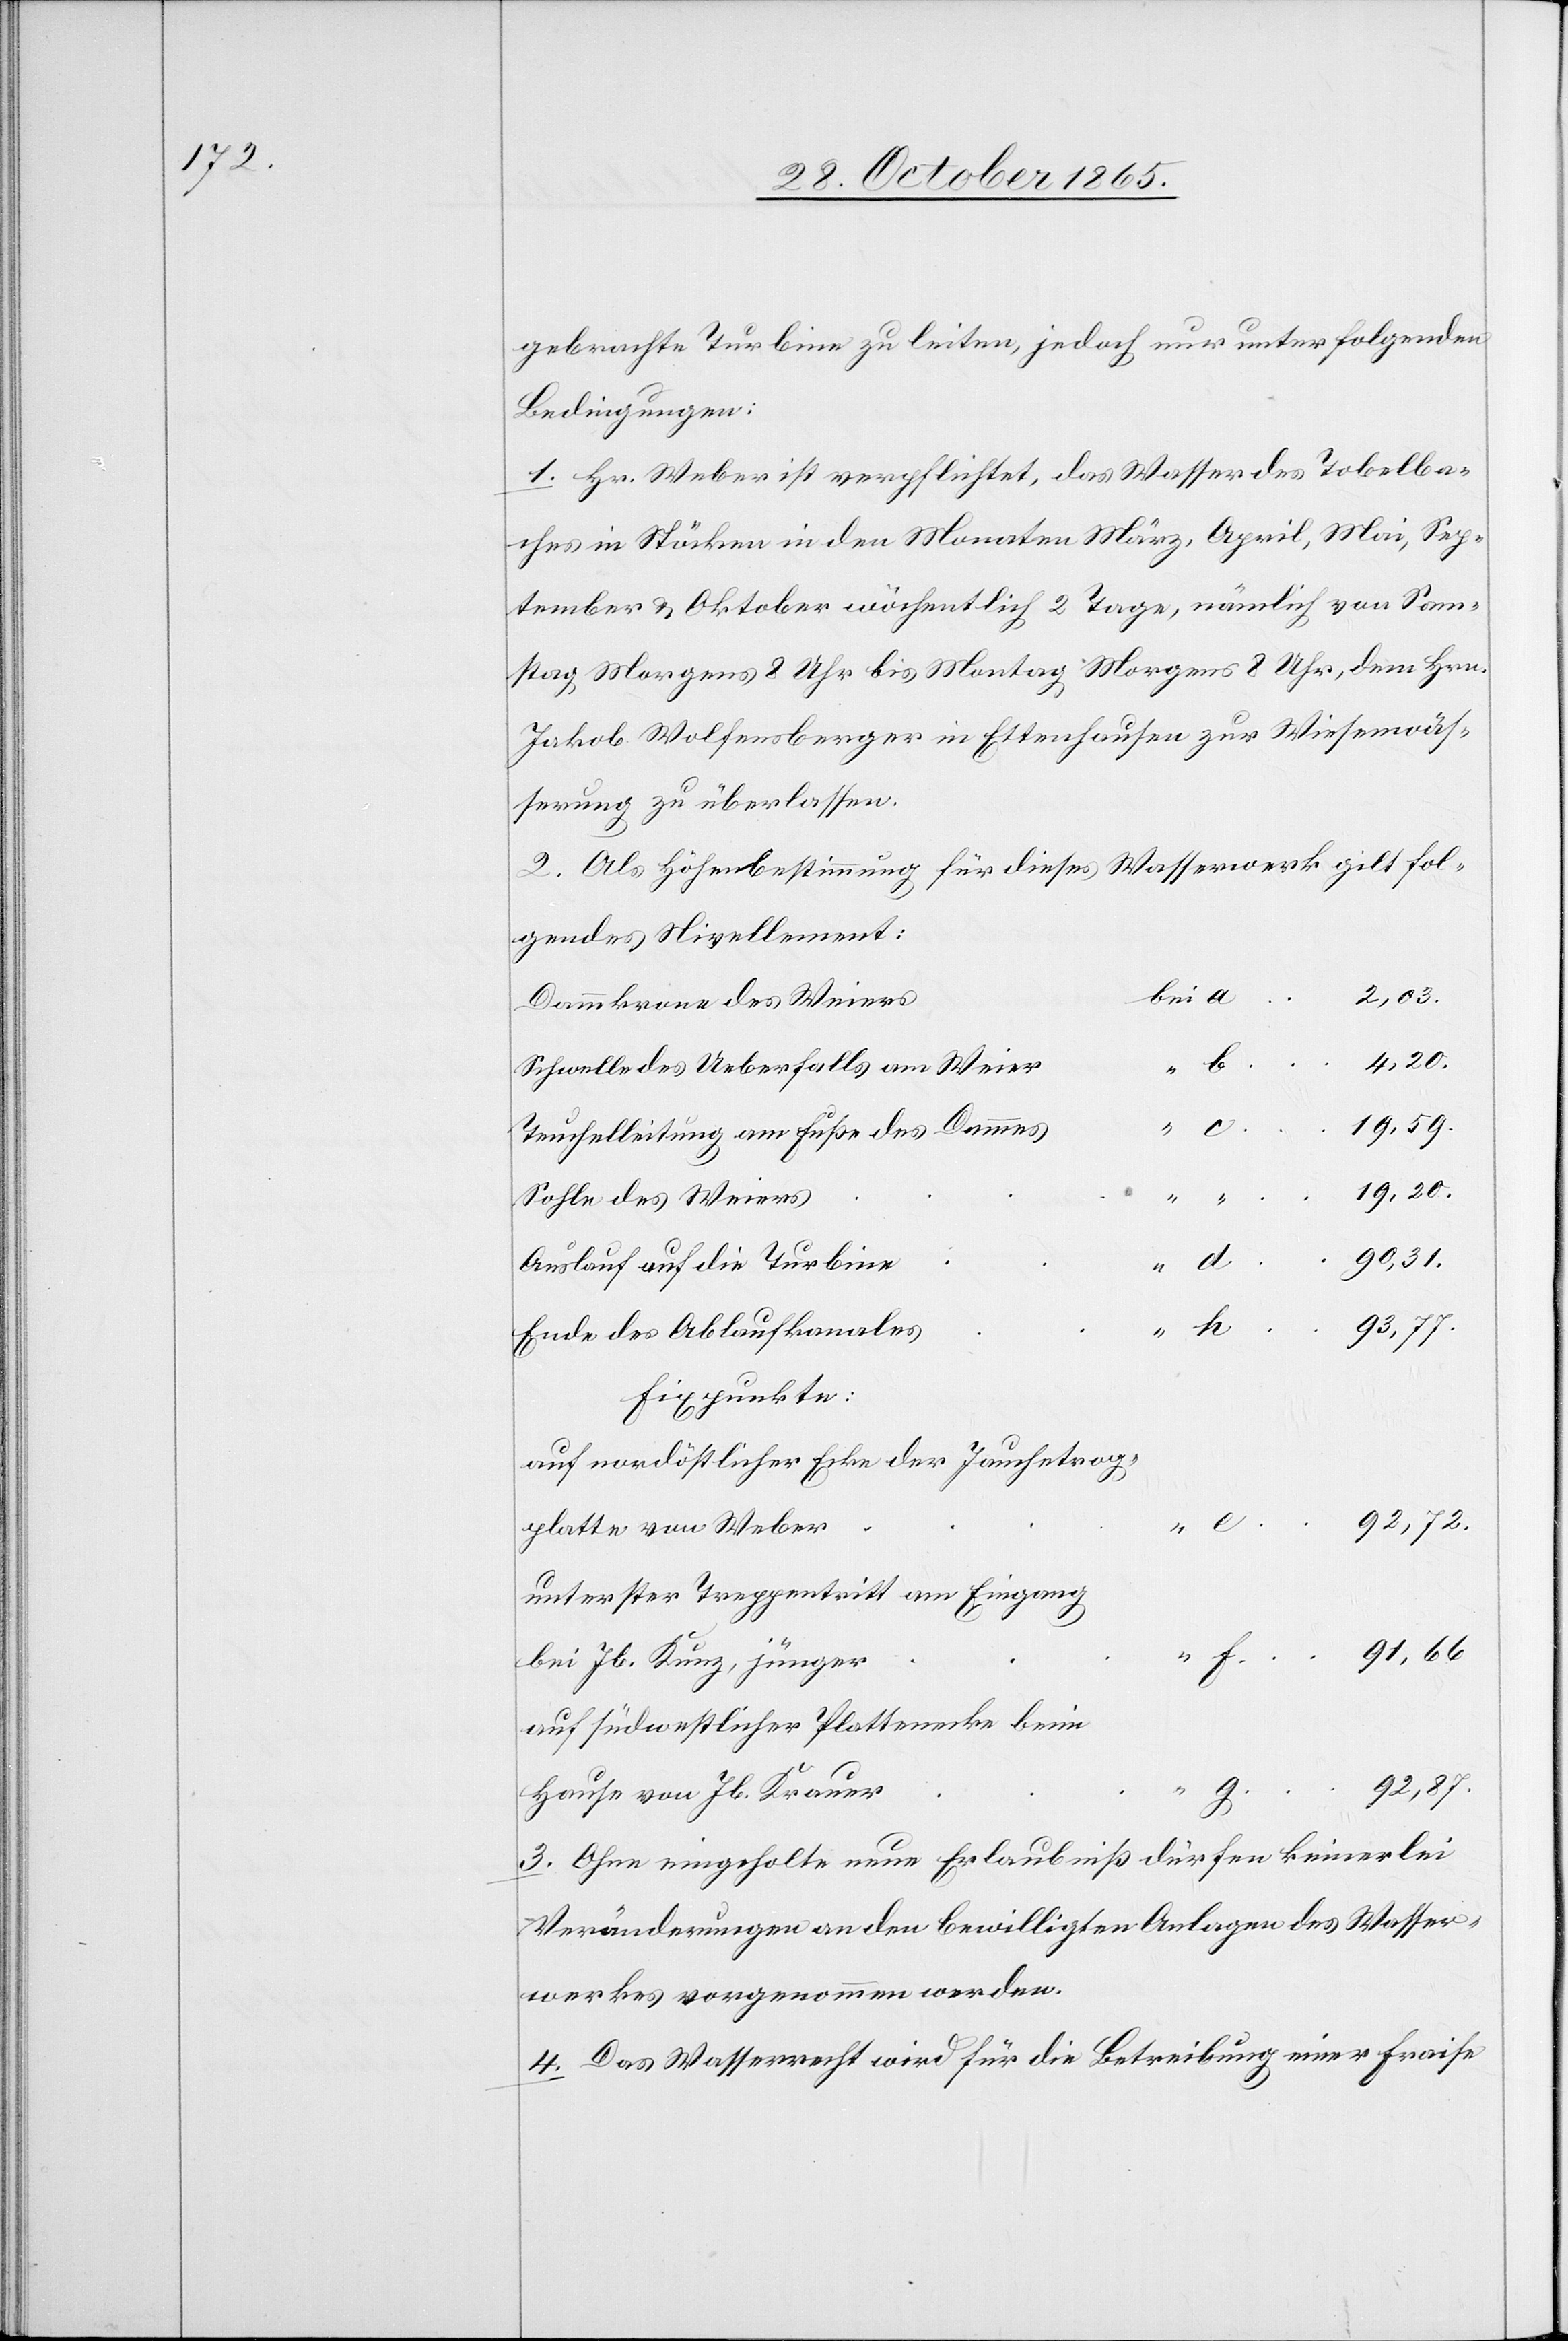
gebrachte Turbine zu leiten, jedoch nur unter folgenden
Bedingungen:
1. Hr. Weber ist verpflichtet, das Wasser des Tobelba¬
ches in Stöcken in den Monaten März, April, Mai, Sep¬
tember & Oktober wöchentlich 2 Tage, nämlich von Sam¬
stag Morgens 8 Uhr bis Montag Morgens 8 Uhr, dem Hrn.
Jakob Wolfensberger in Ettenhausen zur Wiesenwäs¬
serung zu überlassen.
2. Als Höhenbestimmung für dieses Wasserwerk gilt fol¬
gendes Nivellement:
2,03.
Dammkrone des Weiers
4,20.
Schwelle des Ueberfalls am Weier
19,59.
Teuchelleitung am Fuße des Dammes
19,20.
Sohle des Weiers
e
90,31
Auslauf auf die Turbine
Ende des Ablaufkanales
Fixpunkte:
auf nordöstlicher Ecke der Jauchetrog¬
platte von Weber
unterster Treppentritt am Eingang
bei Jb. Kunz, jünger
auf südwestlicher Plattenecke beim
92,87.
Hause von Jb. Krauer
3. Ohne eingeholte neue Erlaubniß dürfen keinerlei
Veränderungen an den bewilligten Anlagen des Wasser¬
werkes vorgenommen werden.
4. Das Wasserrecht wird für die Betreibung einer Fraise